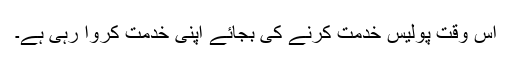
اس وقت پولیس خدمت کرنے کی بجائے اپنی خدمت کروا رہی ہے۔